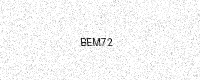
Text: BEM72